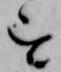
を